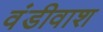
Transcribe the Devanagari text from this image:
वंडीवाश